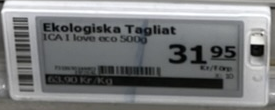
Vara: Ekologiska Tagliat
Genomsnittspris: 63.9 per kg